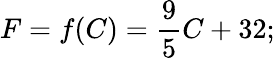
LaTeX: F=f(C)={\frac{9}{5}}C+32;